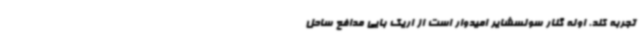
تجربه کند. اوله گنار سولسشایر امیدوار است از اریک بایی مدافع ساحل